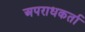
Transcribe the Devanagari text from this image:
अपराधकर्ता